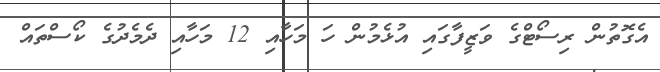
އެގޮތުން ރިސޯޓްގެ ވަޒީފާގައި އުޅެމުން ހަ މަހާއި 12 މަހާއި ދެމެދުގެ ކޯސްތައް